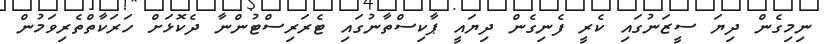
ނިމިގެން ދިޔަ ސީޒަނުގައި ކެރީ ފެނިގެން ދިޔައީ ޕާކިސްތާނުގައި ޓެރަރިސްޓުންނާ ދެކޮޅަށް ހަރަކާތްތެރިވަމުން